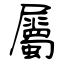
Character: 屬